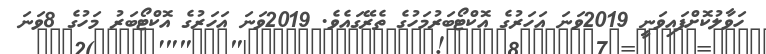
ހަވާލުކޮށްފައިވަނީ 2019ވަނަ އަހަރުގެ އޮކްޓޯބަރުމަހުގެ ތެރޭގައެވެ. 2019ވަނަ އަހަރުގެ އޮކްޓޯބަރު މަހުގެ 8ވަނަ